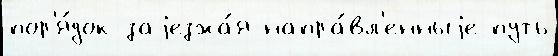
пор'я́док заjезжа́я напра́вл'енныjе путь